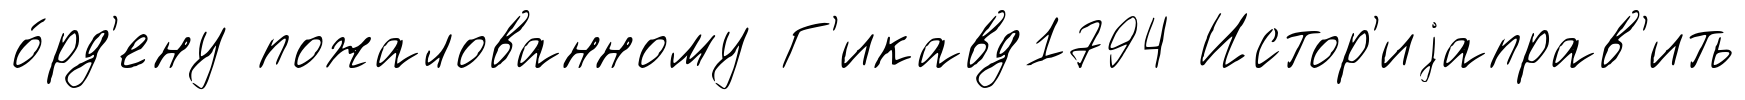
о́рд'ену пожалованному Г'икавд1794 Истор'иjаправ'ить